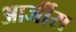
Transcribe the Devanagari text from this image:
आर्जीस